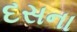
દસના